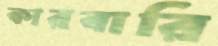
কারবারি